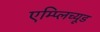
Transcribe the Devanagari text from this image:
एम्प्लिच्यूड